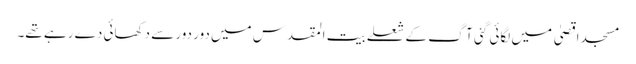
مسجد اقصیٰ میں لگائی گئی آگ کے شعلے بیت المقدس میں دور دور سے دکھائی دے رہے تھے۔